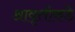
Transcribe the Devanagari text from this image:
आवृत्तीकडे